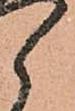
郎